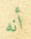
أنه